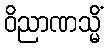
ဝိညာဏသ္မိံ